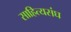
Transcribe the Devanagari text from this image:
साहित्यसंघ